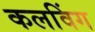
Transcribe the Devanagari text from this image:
कलविंग